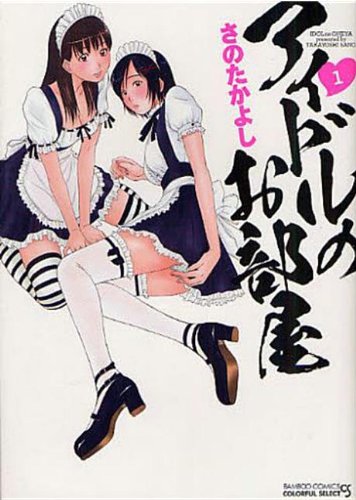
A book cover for Idolhouse, Vol. 1 (Hentai Manga); Takayoshi Sano; Comics & Graphic Novels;